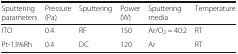
| Sputtering parameters | Pressure (Pa) | Sputtering | Power (W) | Sputtering media | Temperature |
 | --- | --- | --- | --- | --- | --- |
 | ITO | 0.4 | RF | 150 | Ar/O2 = 40:2 | RT |
 | Pt-13%Rh | 0.4 | DC | 120 | Ar | RT |